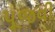
પૂજવી